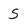
Character: s